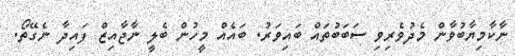
ނާކާމިޔާބުވާން މެދުވެރިވި ސަބަބުތައް ބައިވަރު. ބައެއް މީހުން ބެލީ ނާޖާއިޒް ފައިދާ ނެގޭތޯ.